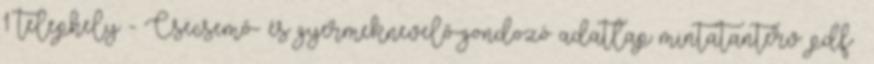
1 telephely - Csecsemő- és gyermeknevelő-gondozó adatlap mintatanterv: pdf